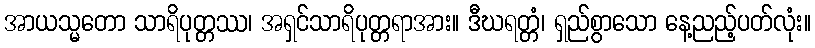
အာယသ္မတော သာရိပုတ္တဿ၊ အရှင်သာရိပုတ္တရာအား။ ဒီဃရတ္တံ၊ ရှည်စွာသော နေ့ညည့်ပတ်လုံး။